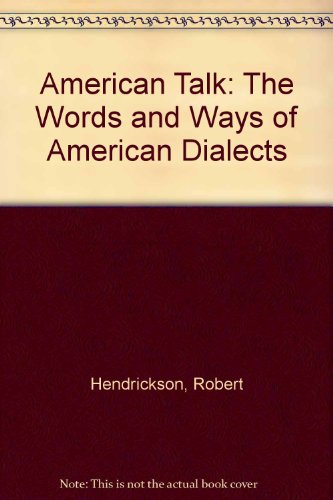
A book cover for American Talk; Robert Hendrickson; Reference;